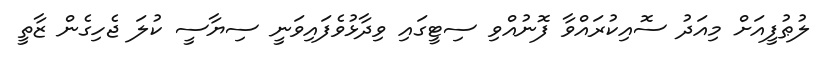
ލުޠުފީއަށް މިއަދު ސޮއިކުރައްވާ ފޮނުއްވި ސިޓީގައި ވިދާޅުވެފައިވަނީ ސިޔާސީ ކުލަ ޖެހިގެން ޒާތީ